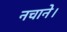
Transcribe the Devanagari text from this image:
नचाने।